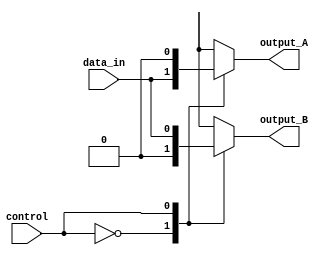
module demux(
    input wire data_in,
    input wire control,
    output reg output_A,
    output reg output_B
);

always @(*) begin
    case(control)
        2'b00: begin
            output_A = data_in;
            output_B = 1'b0;
        end
        2'b01: begin
            output_A = 1'b0;
            output_B = data_in;
        end
        default: begin
            output_A = 1'b0;
            output_B = 1'b0;
        end
    endcase
end

endmodule